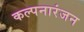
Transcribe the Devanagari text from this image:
कल्पनारंजन